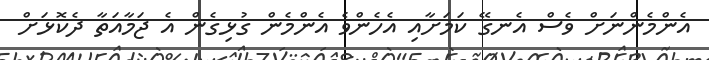
އެންމެންނަށް ވެސް އެނގޭ ކަމަށާއި އެހެންވެ އެންމެން ގުޅިގެން އެ ޖަމާއަތާ ދެކޮޅަށް